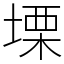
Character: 塛